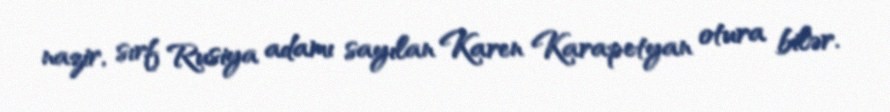
nazir, sırf Rusiya adamı sayılan Karen Karapetyan otura bilər.